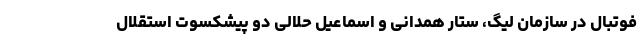
فوتبال در سازمان لیگ، ستار همدانی و اسماعیل حلالی دو پیشکسوت استقلال